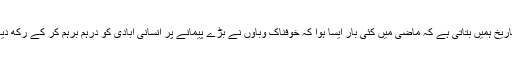
تاریخ ہمیں بتاتی ہے کہ ماضی میں کئی بار ایسا ہوا کہ خوفناک وباؤں نے بڑے پیمانے پر انسانی آبادی کو درہم برہم کر کے رکھ دیا۔